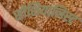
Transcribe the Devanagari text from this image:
सोशियालिस्ट